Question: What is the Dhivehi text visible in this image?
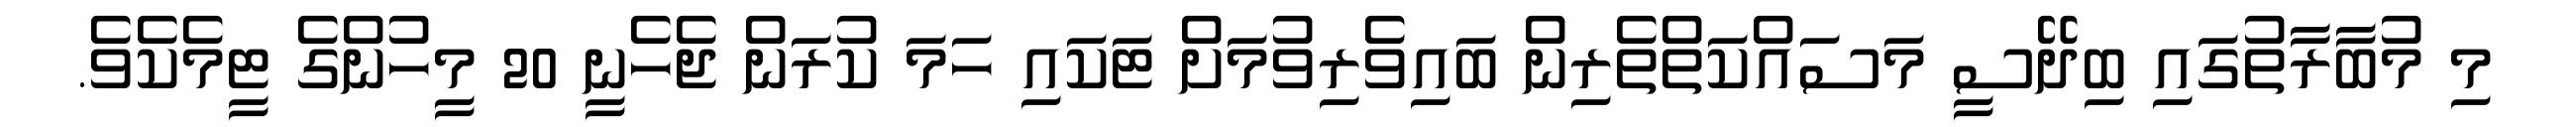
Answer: މި މުބާރާތުގައި ބިދޭސީ މަސައްކަތްތެރިން ބައިވެރިވުމަށް ޓަކައި ހަމަ ކުރަން ޖެހެނީ 20 މީހުންގެ ޓީމެކެވެ.